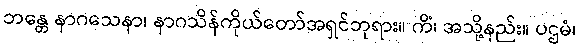
ဘန္တေ နာဂသေနာ၊ နာဂသိန်ကိုယ်တော်အရှင်ဘုရား။ ကိံ၊ အသို့နည်း။ ပဌမံ၊